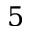
5